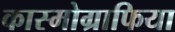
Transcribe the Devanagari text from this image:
कास्मोग्राफिया